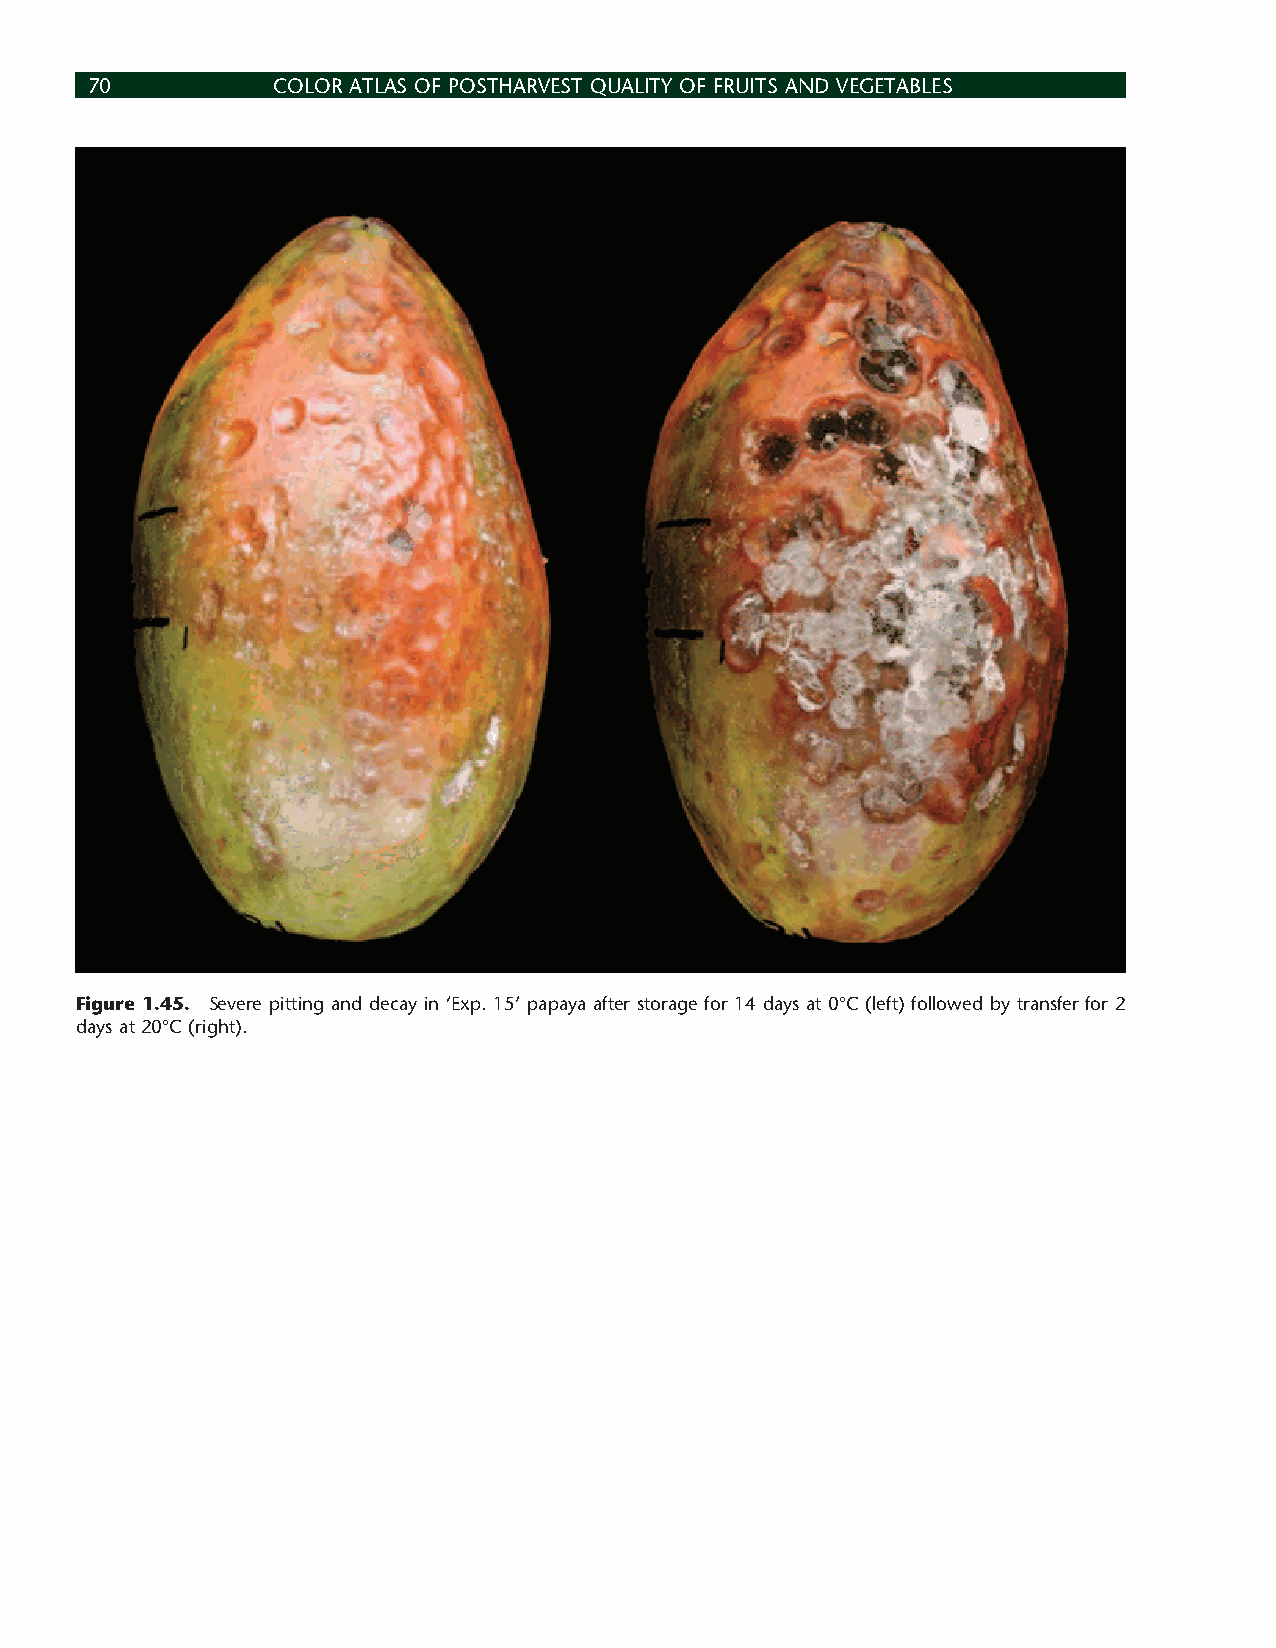
70          COLOR ATLAS OF POSTHARVEST QUALITY OF FRUITS AND VEGETABLES
 Figure 1.45. Severe pitting and decay in ‘Exp. 15’ papaya after storage for 14 days at 0°C (left) followed by transfer for 2
 days at 20°C (right).